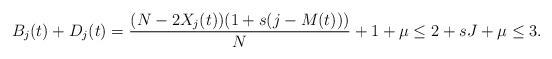
LaTeX: \begin{align*}B_j(t) + D_j(t) = \frac{(N - 2 X_j(t))(1 + s(j - M(t)))}{N} + 1 + \mu \leq 2 + sJ + \mu \leq 3.\end{align*}